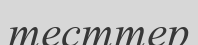
тесттер